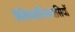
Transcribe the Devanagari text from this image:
कैलिफार्नियावासियों